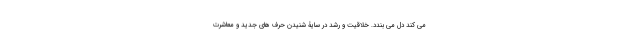
می کند دل می بندد. خلاقیت و رشد در سایۀ شنیدنِ حرف های جدید و معاشرت